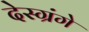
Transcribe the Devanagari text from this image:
देस्ग्रंगे